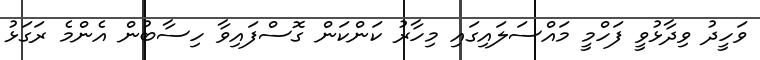
ވަހީދު ވިދާޅުވީ ފަހްމީ މައްސަލައިގައި މިހާރު ކަންކަން ގޮސްފައިވާ ހިސާބުން އެންމެ ރަގަޅު